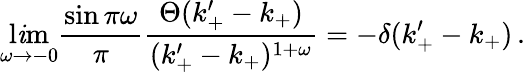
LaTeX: \operatorname*{l\mathit{i}m}_{\omega\rightarrow-0}\frac{{\sin\pi\omega}}{{\pi}}\frac{{\Theta(k_{+}^{\prime}-k_{+})}}{{(k_{+}^{\prime}-k_{+})^{1+\omega}}}=-\delta(k_{+}^{\prime}-k_{+})\, .